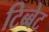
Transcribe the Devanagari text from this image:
टिब्बेट